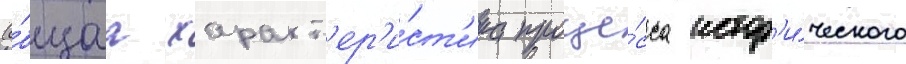
(о́бщаа характ'ер'и́ст'ика проце́сса истор'и́ческого